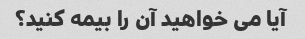
آیا می خواهید آن را بیمه کنید؟